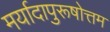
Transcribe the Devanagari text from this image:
मर्यादापुरूषोत्तम